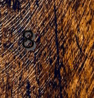
8